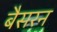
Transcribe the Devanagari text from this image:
बैसरन